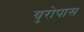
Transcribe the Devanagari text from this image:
युरोपास